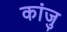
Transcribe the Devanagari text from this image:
कांजु